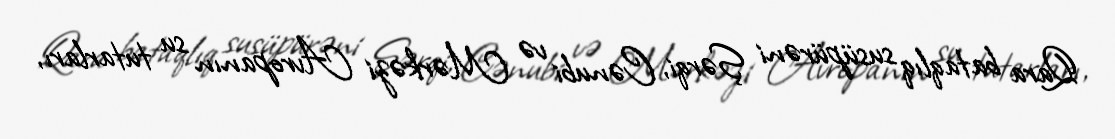
Qara bataqlıq susüpürəni Şərqi, Cənubi və Mərkəzi Avropanın su tutarları,